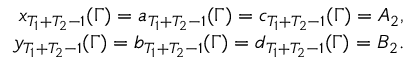
\begin{array} { r l r } & { } & { x _ { T _ { 1 } + T _ { 2 } - 1 } ( \Gamma ) = a _ { T _ { 1 } + T _ { 2 } - 1 } ( \Gamma ) = c _ { T _ { 1 } + T _ { 2 } - 1 } ( \Gamma ) = A _ { 2 } , } \\ & { } & { y _ { T _ { 1 } + T _ { 2 } - 1 } ( \Gamma ) = b _ { T _ { 1 } + T _ { 2 } - 1 } ( \Gamma ) = d _ { T _ { 1 } + T _ { 2 } - 1 } ( \Gamma ) = B _ { 2 } . } \end{array}